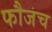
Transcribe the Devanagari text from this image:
फौजच